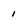
Character: 1